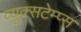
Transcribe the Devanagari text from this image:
व्युक्सटेम्प्स